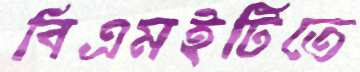
বিএমইটিতে